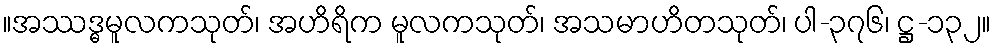
။အဿဒ္ဓမူလကသုတ်၊ အဟိရိက မူလကသုတ်၊ အသမာဟိတသုတ်၊ ပါ-၃၇၆၊ ဋ္ဌ-၁၃၂။